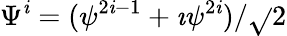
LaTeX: \Psi^{\mathit{i}}=(\psi^{2\mathit{i}-1}+\imath\psi^{2\mathit{i}})/\sqrt{}{2}